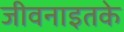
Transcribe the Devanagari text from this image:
जीवनाइतके